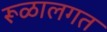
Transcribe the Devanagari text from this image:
रूळालगत